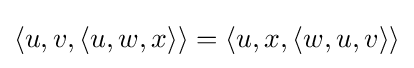
\langle u,v,\langle u,w,x\rangle \rangle =\langle u,x,\langle w,u,v\rangle \rangle